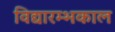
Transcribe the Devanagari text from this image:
विद्यारम्भकाल